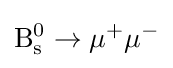
\mathrm {B} _{\rm {s}}^{0}\to \mu ^{+}\mu ^{-}